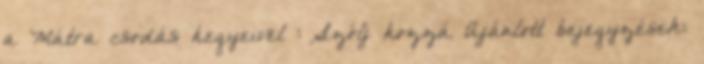
a Mátra csodás hegyeivel : Szólj hozzá Ajánlott bejegyzések: